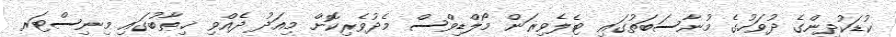
ކުޑަކުދިންގެ ދުވަހުގެ މުނާސަބަތުގައި ޓެލެވިޜަން މޯލްޑިވްސް މެދުވެރިކޮށް މިއަދު ދެއްވި ޚިޠާބުގައި މިނިސްޓަރ